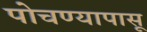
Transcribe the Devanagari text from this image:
पोचण्यापासू